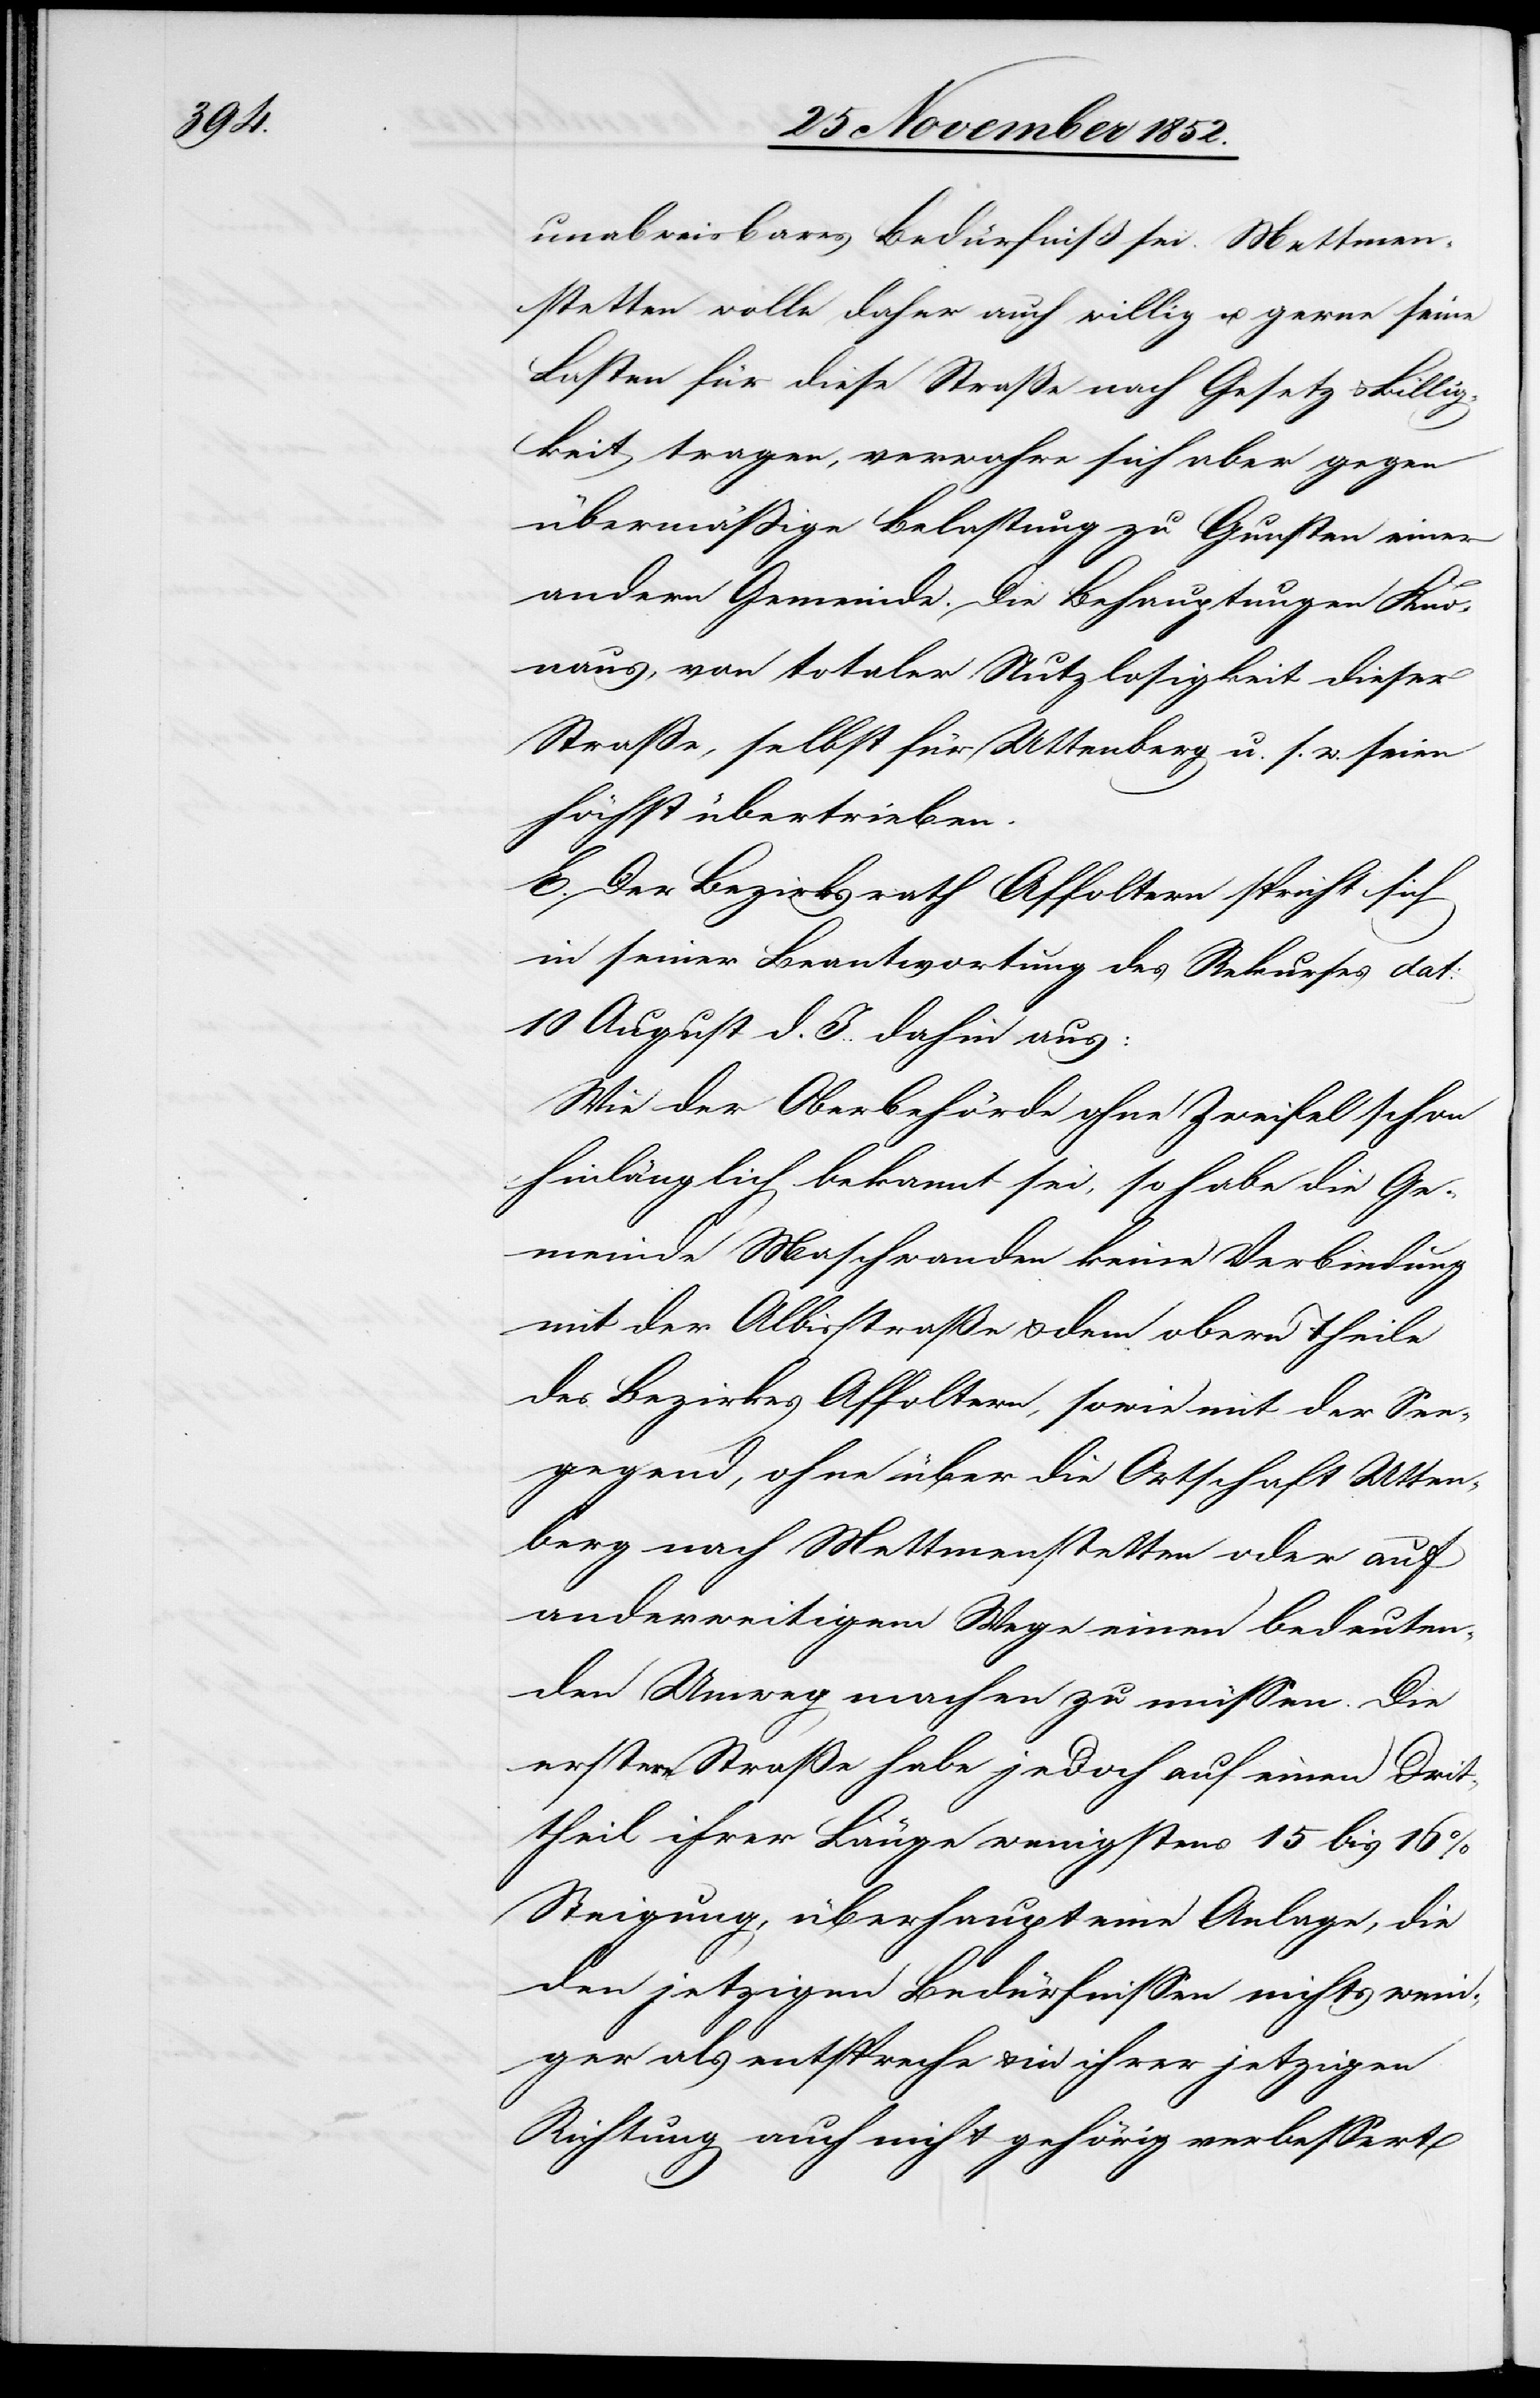
unabweisbares Bedürfniß sei. Mettmen¬
stetten wolle daher auch willig u. gerne seine
Lasten für diese Straße nach Gesetz & Billig¬
keit tragen, verwahre sich aber gegen
übermäßige Belastung zu Gunsten einer
andern Gemeinde. Die Behauptungen Kno¬
naus, von totaler Nutzlosigkeit dieser
Straße, selbst für Uttenberg u. s. w. seien
höchst übertrieben.
E. Der Bezirksrath Affoltern spricht sich
in seiner Beantwortung des Rekurses dat:
10 August d. J. dahin aus:
Wie der Oberbehörde ohne Zweifel schon
hinlänglich bekannt sei, so habe die Ge¬
meinde Maschwanden keine Verbindung
mit der Albisstraße & dem obern Theile
des Bezirkes Affoltern, sowie mit der See¬
gegend, ohne über die Ortschaft Utten¬
berg nach Mettmenstetten oder auf
anderweitigem Wege einen bedeuten¬
den Umweg machen zu müssen. Die
erstere Straße habe jedoch auf einen Drit¬
theil ihrer Länge wenigstens 15 bis 16%
Steigung, überhaupt eine Anlage, die
den jetzigen Bedürfnissen nichts weni¬
ger als entspreche & in ihrer jetzigen
Richtung auch nicht gehörig verbessert